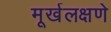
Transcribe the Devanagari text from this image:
मूर्खलक्षणे